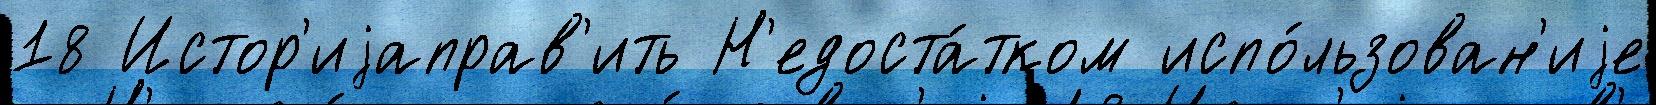
18 Истор'иjаправ'ить Н'едоста́тком испо́льзован'иjе